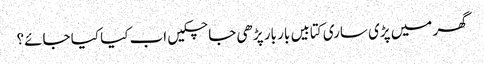
گھر میں پڑی ساری کتابیں بار بار پڑھی جا چکیں اب کیا کیا جائے؟